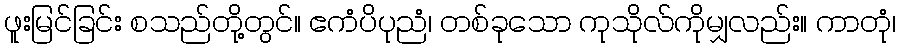
ဖူးမြင်ခြင်း စသည်တို့တွင်။ ဧကံပိပုညံ၊ တစ်ခုသော ကုသိုလ်ကိုမျှလည်း။ ကာတုံ၊